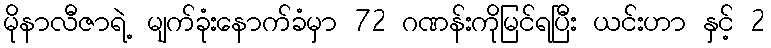
မိုနာလီဇာရဲ့ မျက်ခုံးနောက်ခံမှာ 72 ဂဏန်းကိုမြင်ရပြီး ယင်းဟာ နှင့် 2